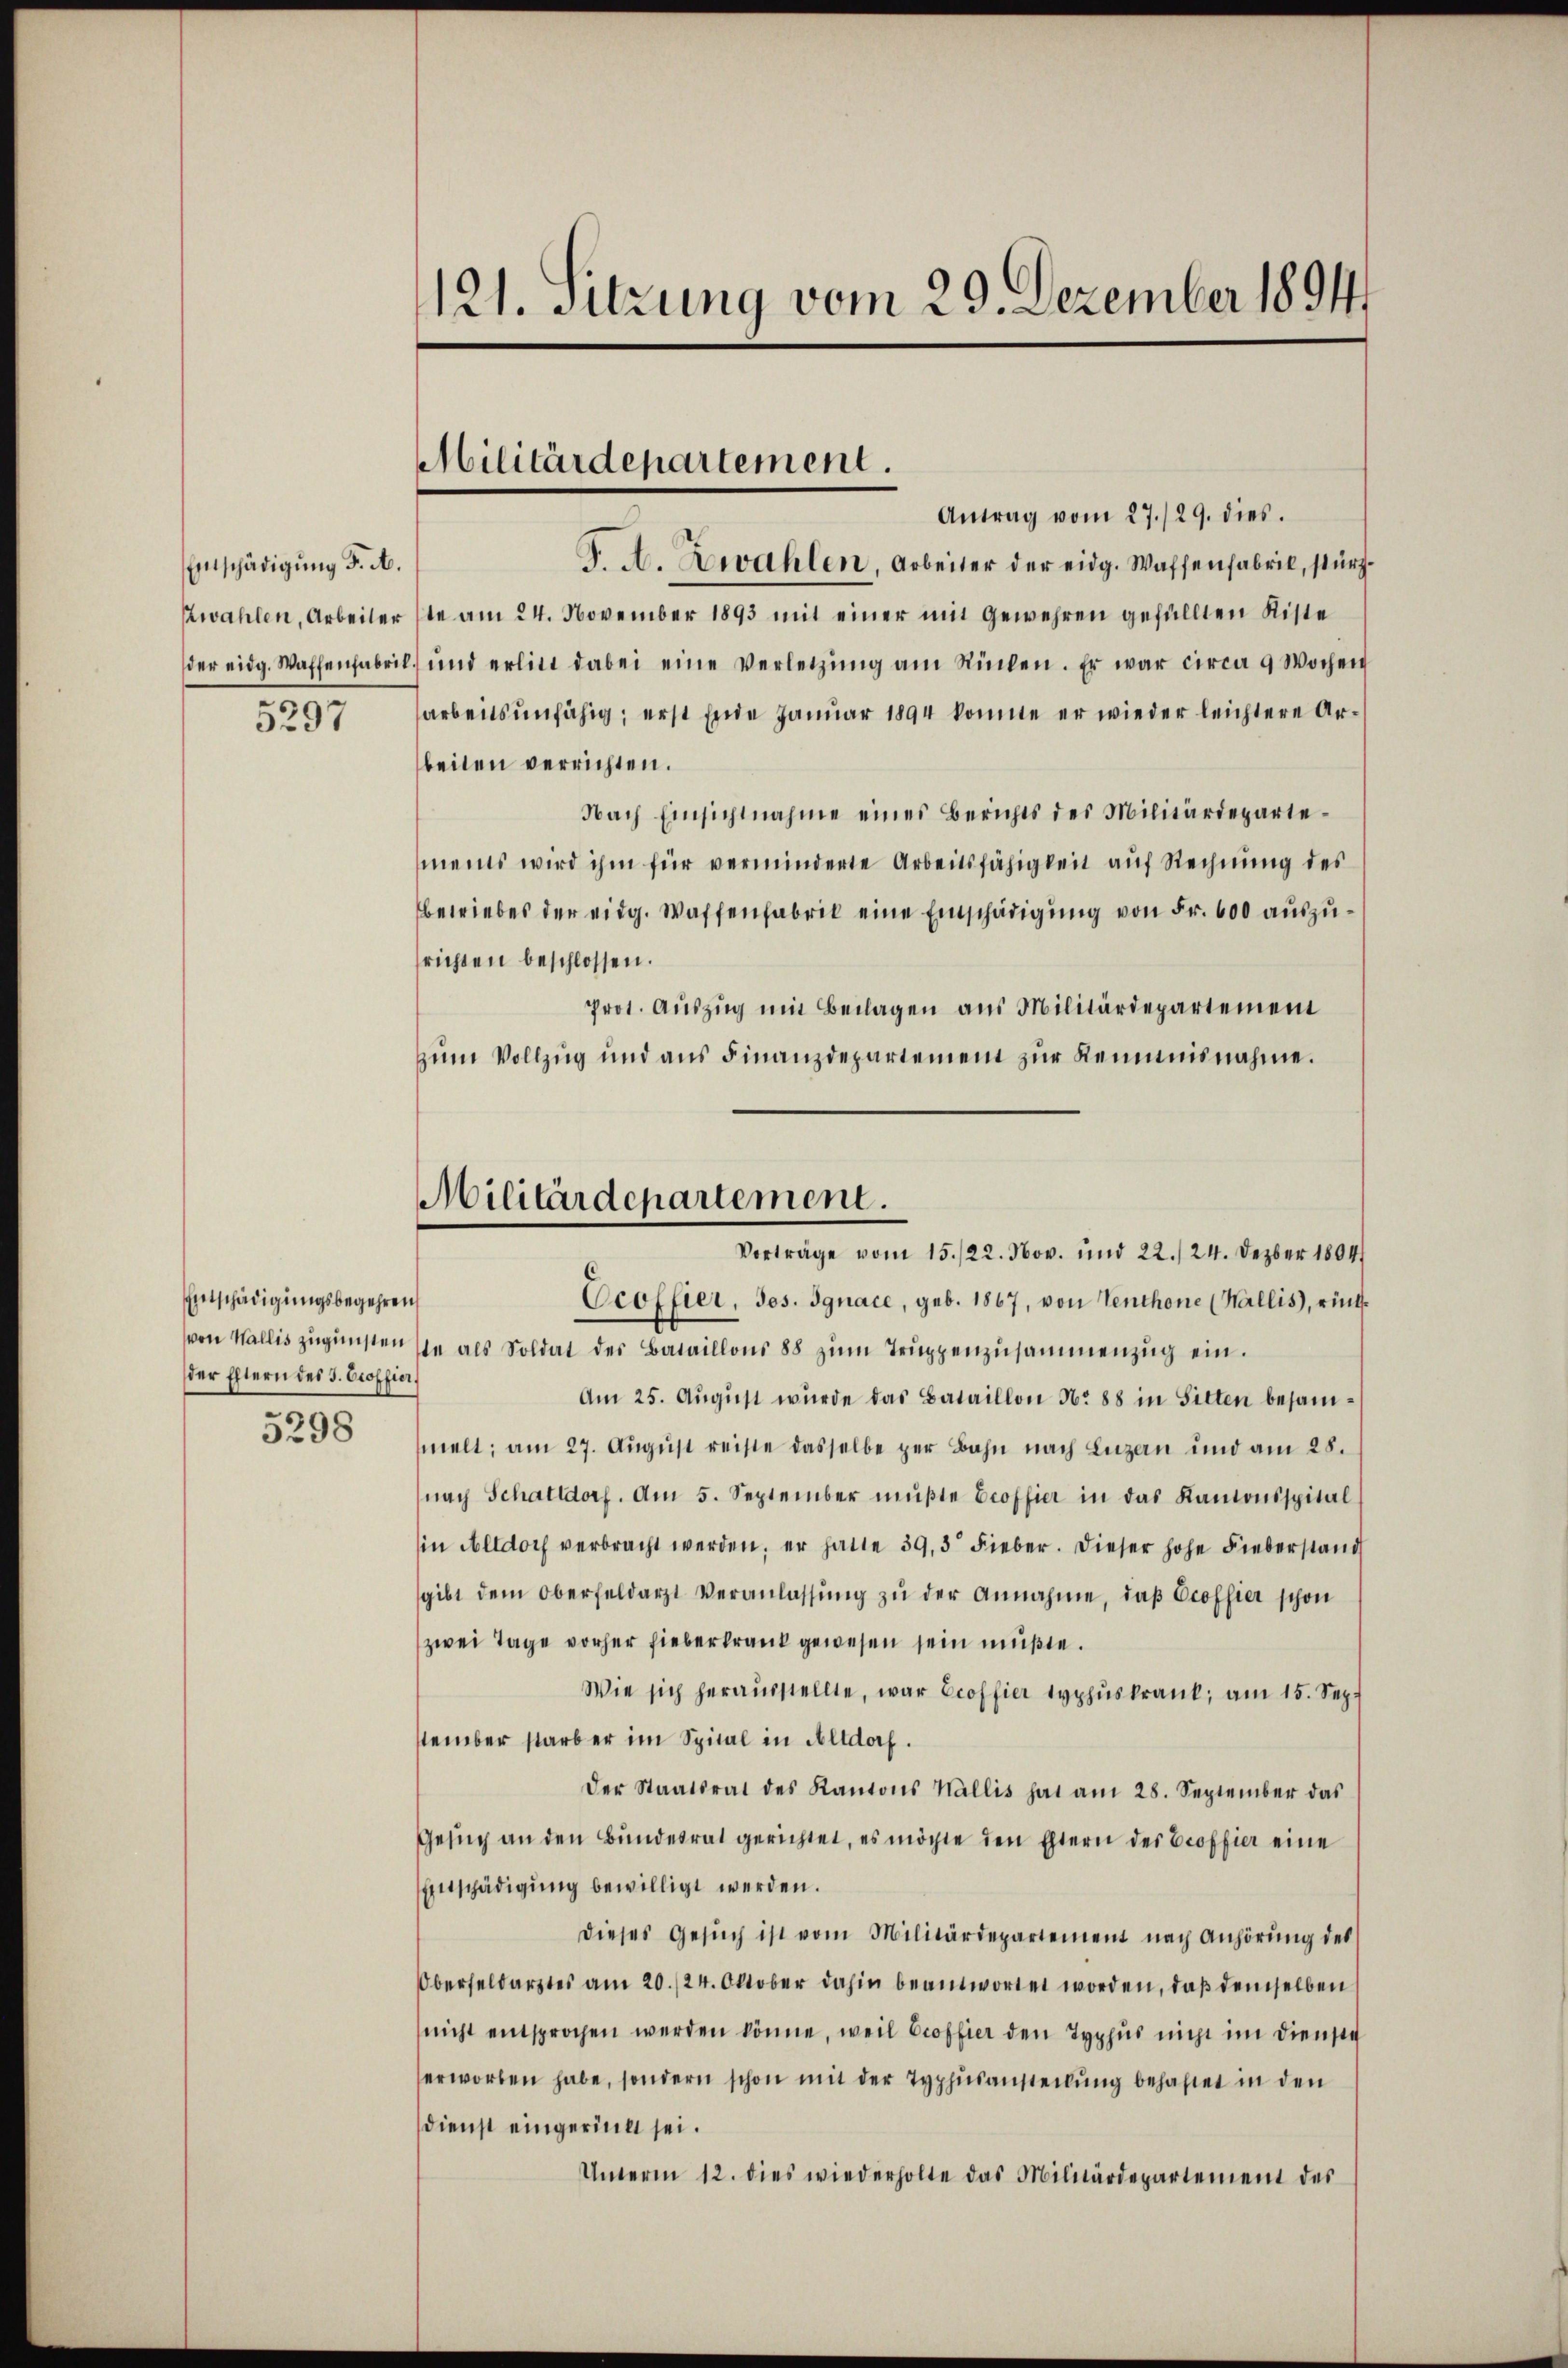
Entschädigung d. A.
zwahlen, Arbeiter
der eidg. Waffenfabrit
5297

EEntschädigungsbegehren
der Eltern des 3. Ocoffier,
5298

121. Sitzung vom 29. Dezember 1891

Militärdepartement.

Militärdepartement.

Antrag vom 27./29. dies
J. A. Zwahlen, Arbeiter der eidg. Waffenfabrik, stürzte am 24. November 1893 mit einer mit Gewehren gefüllten Kiste
l.) und erliet dabei eine Verletzŭng am Rücken. Er war circa 9 Wochen
arbeitsunfähig; erst Ende Januar 1894 könnte er wieder leichtere Arbeiten verrichten.
Nach Einsichtnahme eines Berichts des Militärdepartements wird ihm für verminderte Arbeitsfähigkeit auf Rechnung des
betriebes der eidg. Waffenfabrik eine Einschädigung von Fr. 600 auszusrichten beschlossen.
prot. Auszug mit Beilagen aus Militärdepartement
zum Vollzug und aus Finanzdepartement zur Reimnisnahme.
Vorträge vom 15./22. Nov. und 22./24. Dezber 1804.
Ccoffier, Jos. Ignace, geb. 1867, von Tenthone (Wallis, rückvon Wallis zŭgŭnsten sie als Soldat des Bataillons 88 zŭm Truppenzusammenzug ein.
Am 25. Aŭgŭst wurde das Bataillon No 88 in Sitten besammelt; am 27. Aŭgŭst reiste dasselbe per Bahn nach Luzern und am 28.
nach Schattdorf. Am 5. September mŭβte Croffier in das Kantonsspital
in Altdorf verbracht werden, er hatte 39,3 Fieber. Dieser hohe Fieberstand
sgibt dem Oberfeldarzt Veranlassŭng zŭ der Annahme, daß Ocoffier schon
zwei Tage vorher fieberkrank gewesen sein müßte.
Wie sich herausstellte, war Eroffier Typhuskrank, am 15. Sep.
stember starb er im Spital in Altdorf.
der Staatsrat des Kantons Wallis hat am 28. September das
Gesuch an den Bundesrat gerichtet, es möchte den Eltern des Proffier eine
Entschädigung bewilligt werden.
dieses Gesŭch ist vom Militärdepartement nach Anhörung des
Oberselbarztes am 20./24. Oktober dahin beantwortet worden, daß demselben
nicht entsprochen werden könne, weil Proffier den Typhus nicht im Dienste
erworben habe, sondern schon mit der Typhusansteckung behaftet in den
Dienst eingerückt sei.
Unterm 12. dies wiederholte das Militärdepartement des